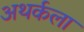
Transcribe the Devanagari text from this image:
अथर्कला